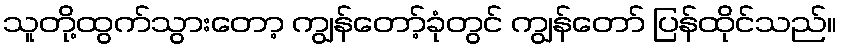
သူတို့ထွက်သွားတော့ ကျွန်တော့်ခုံတွင် ကျွန်တော် ပြန်ထိုင်သည်။